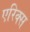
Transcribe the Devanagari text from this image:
एरिक्स